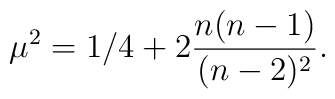
\mu^2=1/4+2{ {n(n-1)} \over (n-2)^2} .